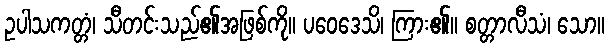
ဥပါသကတ္တံ၊ သီတင်းသည်၏အဖြစ်ကို။ ပဝေဒေသိ၊ ကြား၏။ စတ္တာလီသံ၊ သော။